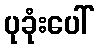
ပုခုံးပေါ်